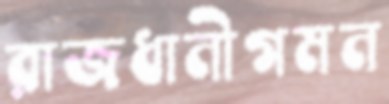
রাজধানীগমন